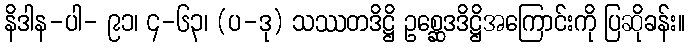
နိဒါန-ပါ- ၉၁၊ ၄-၆၃၊ (ပ-ဒု) သဿတဒိဋ္ဌိ ဥစ္ဆေဒဒိဋ္ဌိအကြောင်းကို ပြဆိုခန်း။